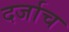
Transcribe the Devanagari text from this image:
दर्जाच